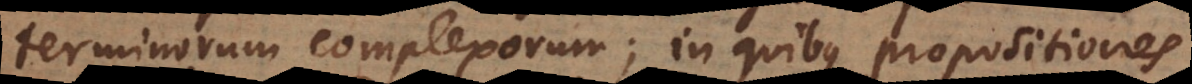
terminorum complexorum; in quibus propositiones